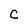
Character: c